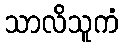
သာလိသူကံ